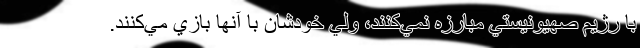
با رژيم صهيونيستي مبارزه نمي‌کنند، ولي خودشان با آنها بازي مي‌کنند.